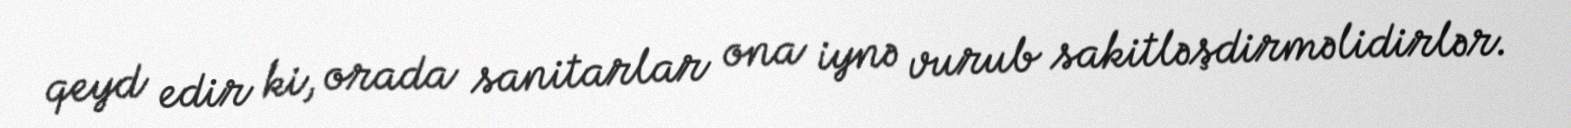
qeyd edir ki, orada sanitarlar ona iynə vurub sakitləşdirməlidirlər.